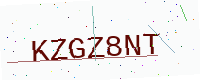
Text: KZGZ8NT